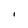
Character: I